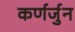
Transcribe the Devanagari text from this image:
कर्णर्जुन